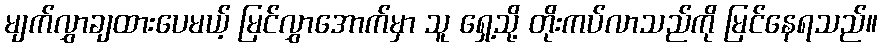
မျက်လွှာချထားပေမယ့် မြင်လွှာအောက်မှာ သူ ရှေ့သို့ တိုးကပ်လာသည်ကို မြင်နေရသည်။